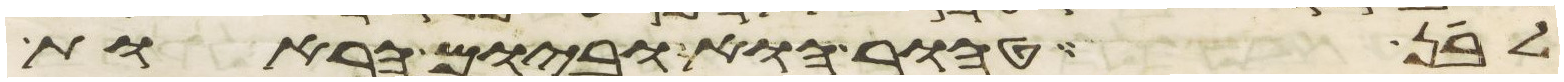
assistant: לבן טהור הוא וביום הראות